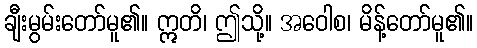
ချီးမွမ်းတော်မူ၏။ ဣတိ၊ ဤသို့။ အဝေါစ၊ မိန့်တော်မူ၏။